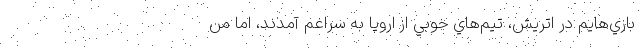
بازي‌هايم در اتريش،‌ تيم‌هاي خوبي از اروپا به سراغم آمدند، اما من